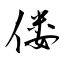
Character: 偻